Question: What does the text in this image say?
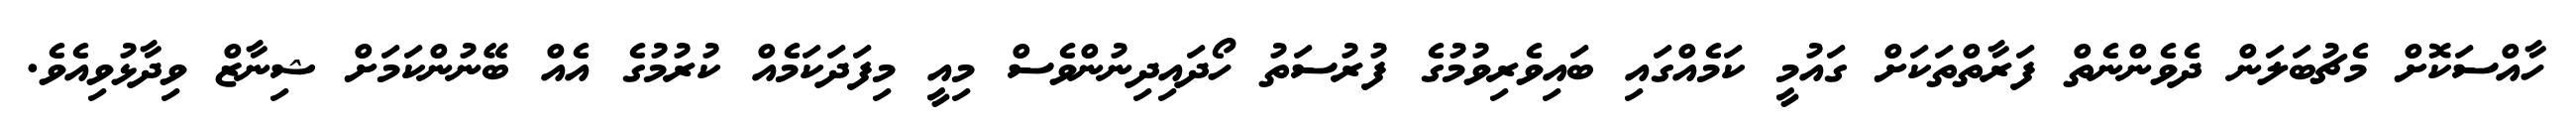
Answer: ހާއްސަކޮށް މެޗުބަލަން ދެވެންނެތް ފަރާތްތަކަށް ގައުމީ ކަމެއްގައި ބައިވެރިވުމުގެ ފުރުސަތު ހޯދައިދިނުންވެސް މިއީ މިފަދަކަމެއް ކުރުމުގެ އެއް ބޭނުންކަމަށް ޝިނާޒް ވިދާޅުވިއެވެ.